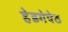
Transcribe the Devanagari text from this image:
हेडगेपेठ